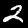
Digit: 2